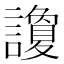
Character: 讂